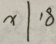
x \vert 1 8